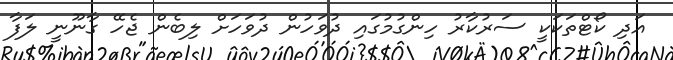
އަދި ކޯޓްތަކަކީ ސަރުކާރު ހިންގުމުގައި ދުވަހުން ދުވަހަށް ލިބެން ޖެހޭ ގާނޫނީ ލަފާ